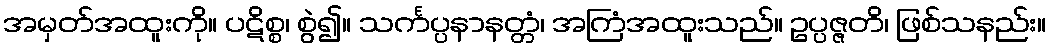
အမှတ်အထူးကို။ ပဋိစ္စ၊ စွဲ၍။ သင်္ကပ္ပနာနတ္တံ၊ အကြံအထူးသည်။ ဥပ္ပဇ္ဇတိ၊ ဖြစ်သနည်း။